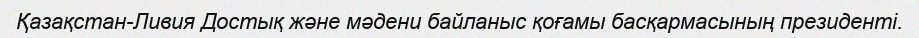
Қазақстан-Ливия Достық және мәдени байланыс қоғамы басқармасының президенті.